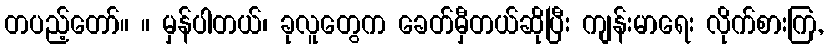
တပည့်တော်။ ။ မှန်ပါတယ်၊ ခုလူတွေက ခေတ်မှီတယ်ဆိုပြီး ကျန်းမာရေး လိုက်စားကြ,